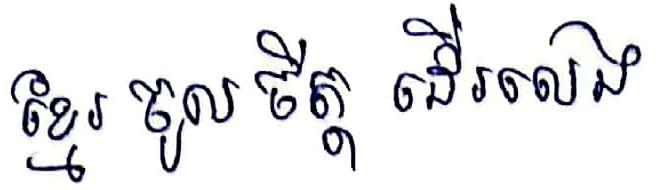
ខ្មែរ ចូលចីត្ត ដើរលេង